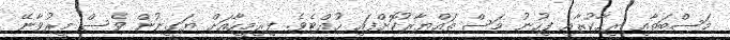
މަސްބަތާއި ރިހާކުރާއި ފިހުނު މަސް ތައްޔާރުކޮށްފައި ހުއްޓެވެ. ފިރިމީހާއަށް ޔަގީނުން ވެސް މީރުވާނޭ